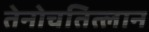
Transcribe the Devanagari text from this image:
तेनोचतित्लान